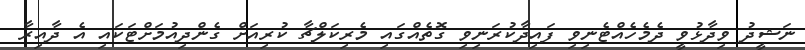
ނަޝީދު ވިދާޅުވީ ދެމެހެއްޓެނިވި ފައިދާކުރަނިވި ގޮތެއްގައި މެރިކަލްޗާ ކުރިއަށް ގެންދިއުމަށްޓަކައި އެ ދާއިރާ